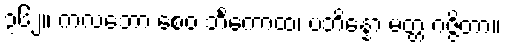
၃၆၂။ ကလဘော စေဝ ဘိင်္ကောထ၊ ပဘိန္နော မတ္တ ဂဇ္ဇိတာ။